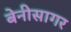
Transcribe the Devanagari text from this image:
बेनीसागर